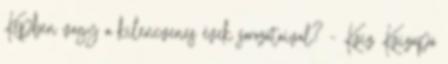
Képben vagy a kilencvenes évek sorozataival? - Kvíz Kvízapó